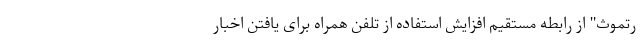
رتموث" از رابطه مستقیم افزایش استفاده از تلفن همراه برای یافتن اخبار